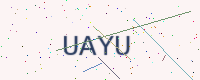
Text: UAYU